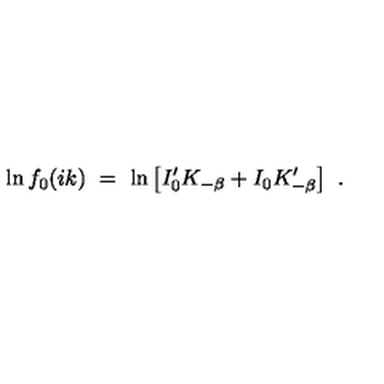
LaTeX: \ln f _ { 0 } ( i k ) \ = \ \ln \left[ I _ { 0 } ^ { \prime } K _ { - \beta } + I _ { 0 } K _ { - \beta } ^ { \prime } \right] \ .